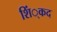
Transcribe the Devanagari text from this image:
शिं्कद